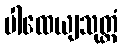
ပါထေယျသုတ္တံ